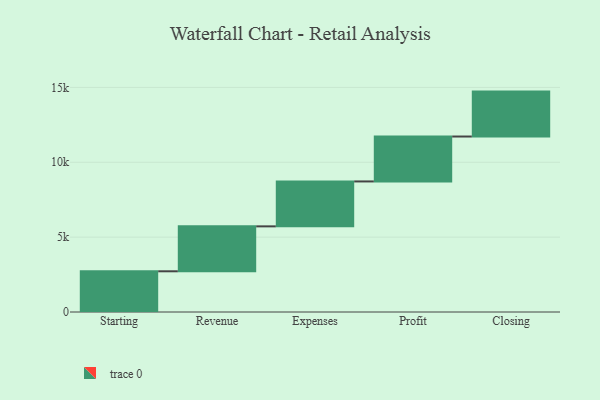
{"axis": {"x": "Step", "y": "Value"}, "legend": [""], "data": [{"x": "Starting", "y": 2719.0, "type": ""}, {"x": "Revenue", "y": 3000, "type": ""}, {"x": "Expenses", "y": 3000, "type": ""}, {"x": "Profit", "y": 3000, "type": ""}, {"x": "Closing", "y": 3000, "type": ""}]}